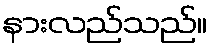
နားလည်သည်။